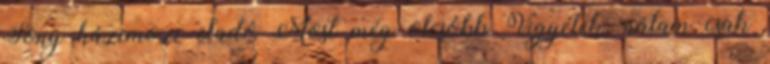
Sony házimozi eladó Most még olcsóbb Vigyétek, nálam csak